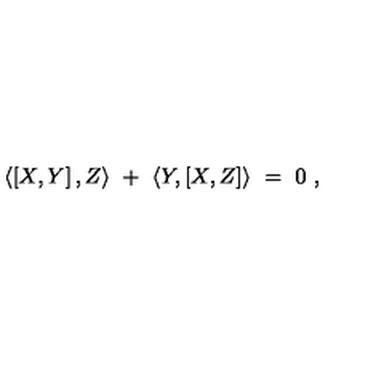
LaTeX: \langle \left[ X , Y \right] , Z \rangle \ + \ \langle Y , \left[ X , Z \right] \rangle \ = \ 0 \ ,